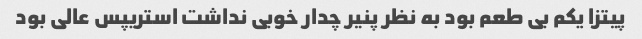
پیتزا یکم بی طعم بود به نظر پنیر چدار خوبی نداشت استریپس عالی بود